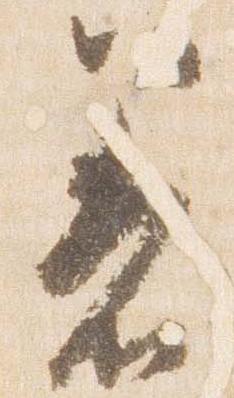
着